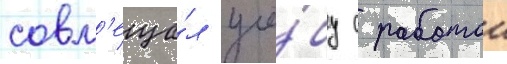
совм'еща́л учё́бу с работои